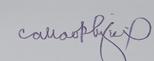
Signature authenticity: genuine